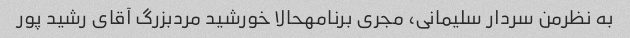
به نظرمن سردار سلیمانی، مجری برنامهحالا خورشید مردبزرگ آقای رشید پور